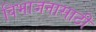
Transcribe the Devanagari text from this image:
विभाजनासाठी